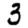
Digit: 3